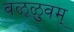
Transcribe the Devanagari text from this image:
वळ्ळुवम्